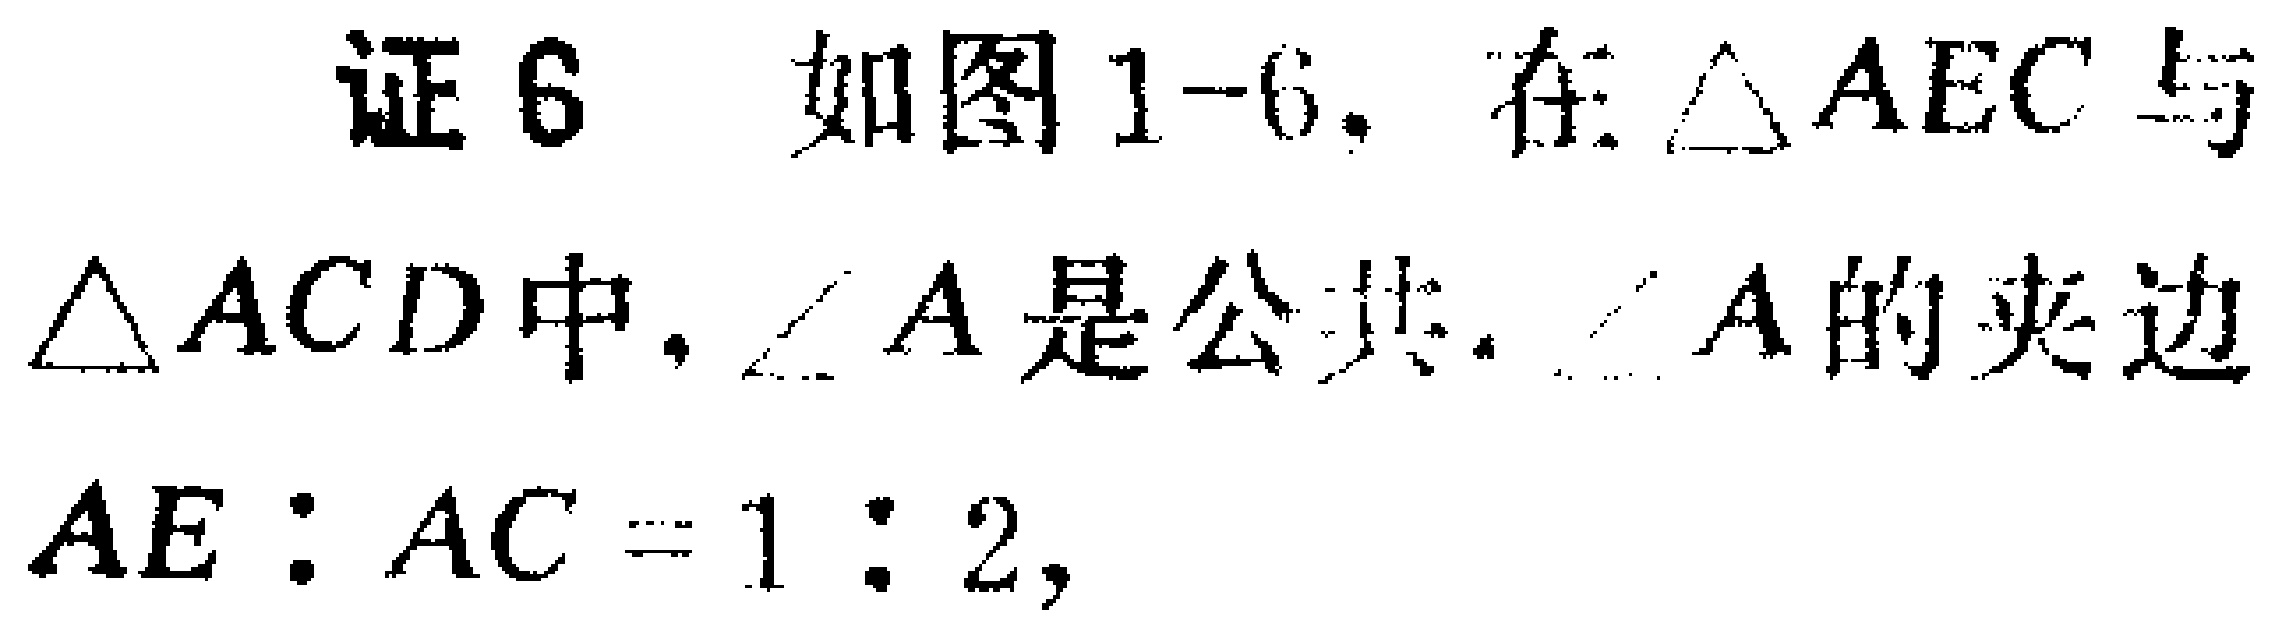
证6. 如图1-6，在$\triangle AEC$与$\triangle ACD$中，$\angle A$是公共，$\angle A$的夹边$AE:AC = 1:2$，